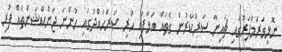
ނޮޅިވަރަމްފަރުގައި ޗައިނާ ސަރުކާރުން ގެތައް އަޅާފައި ހުރި ސަރަހައްދުގައި ހުންނަ ޖަންކްޝަންތައް ފުރި